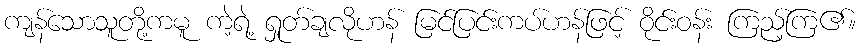
ကျန်သောသူတို့ကမူ ကဲ့ရဲ့ ရှုတ်ချလိုဟန် မြင်ပြင်းကပ်ဟန်ဖြင့် ဝိုင်းဝန်း ကြည့်ကြ၏။